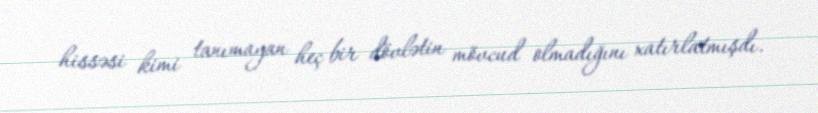
hissəsi kimi tanımayan heç bir dövlətin mövcud olmadığını xatırlatmışdı.